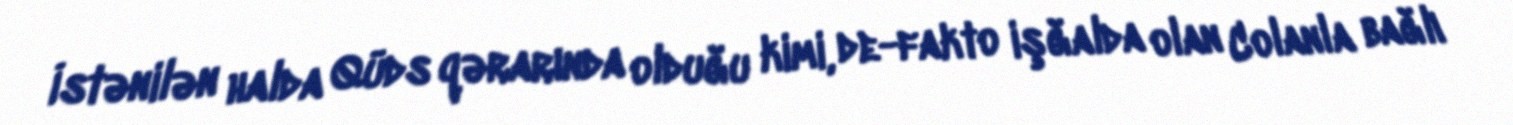
İstənilən halda Qüds qərarında olduğu kimi, de-fakto işğalda olan Colanla bağlı